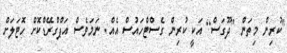
"ކުރިން މިތަން [ދޫގަސް] އަކީ ކުރިން ގެސްޓްހައުސް އެއް. ނަމަވެސް އަޕްގްރޭޑްކޮށް ހޮޓަލަށް